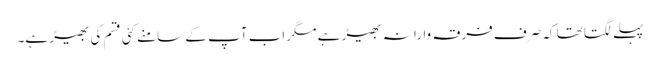
پہلے لگتا تھا کہ صرف فرقہ وارانہ بھیڑ ہے مگر اب آپ کے سامنے کئی قسم کی بھیڑ ہے۔